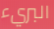
البريء